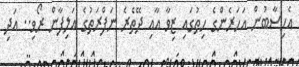
އެހިސާބުން އަހަރެންގެ ހިތުގައި ޒިވާ އާއި ދޭތެރެ ނަފްރަތުގެ އަލިފާން ރޯވި.. އަދި